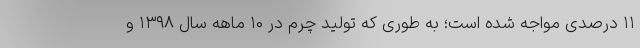
۱۱ درصدی مواجه شده است؛ به طوری که تولید چرم در ۱۰ ماهه سال ۱۳۹۸ و